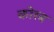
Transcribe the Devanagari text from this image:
कोरब